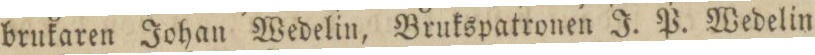
brukaren Johan Wedelin, Brukspatronen J. P. Wedelin